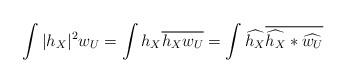
LaTeX: \begin{align*} \int|h_X|^2w_U&=\int h_X \overline{h_Xw_U}=\int \widehat{h_X}\overline{\widehat{h_X}*\widehat{w_U}}\end{align*}